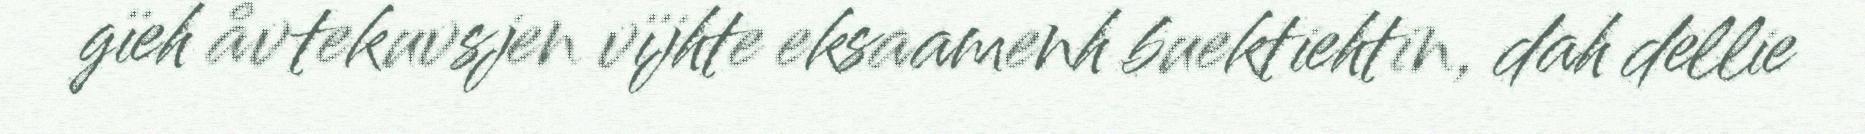
gïeh åvtekuvsjen vïjhte eksaamenh buektiehtin, dah dellie